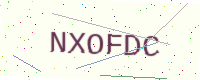
Text: NXOFDC